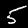
Label: 5